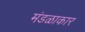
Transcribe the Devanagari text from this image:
मंडळाकार